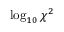
\log _ { 1 0 } \chi ^ { 2 }